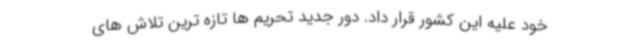
خود علیه این کشور قرار داد. دور جدید تحریم ها تازه ترین تلاش های